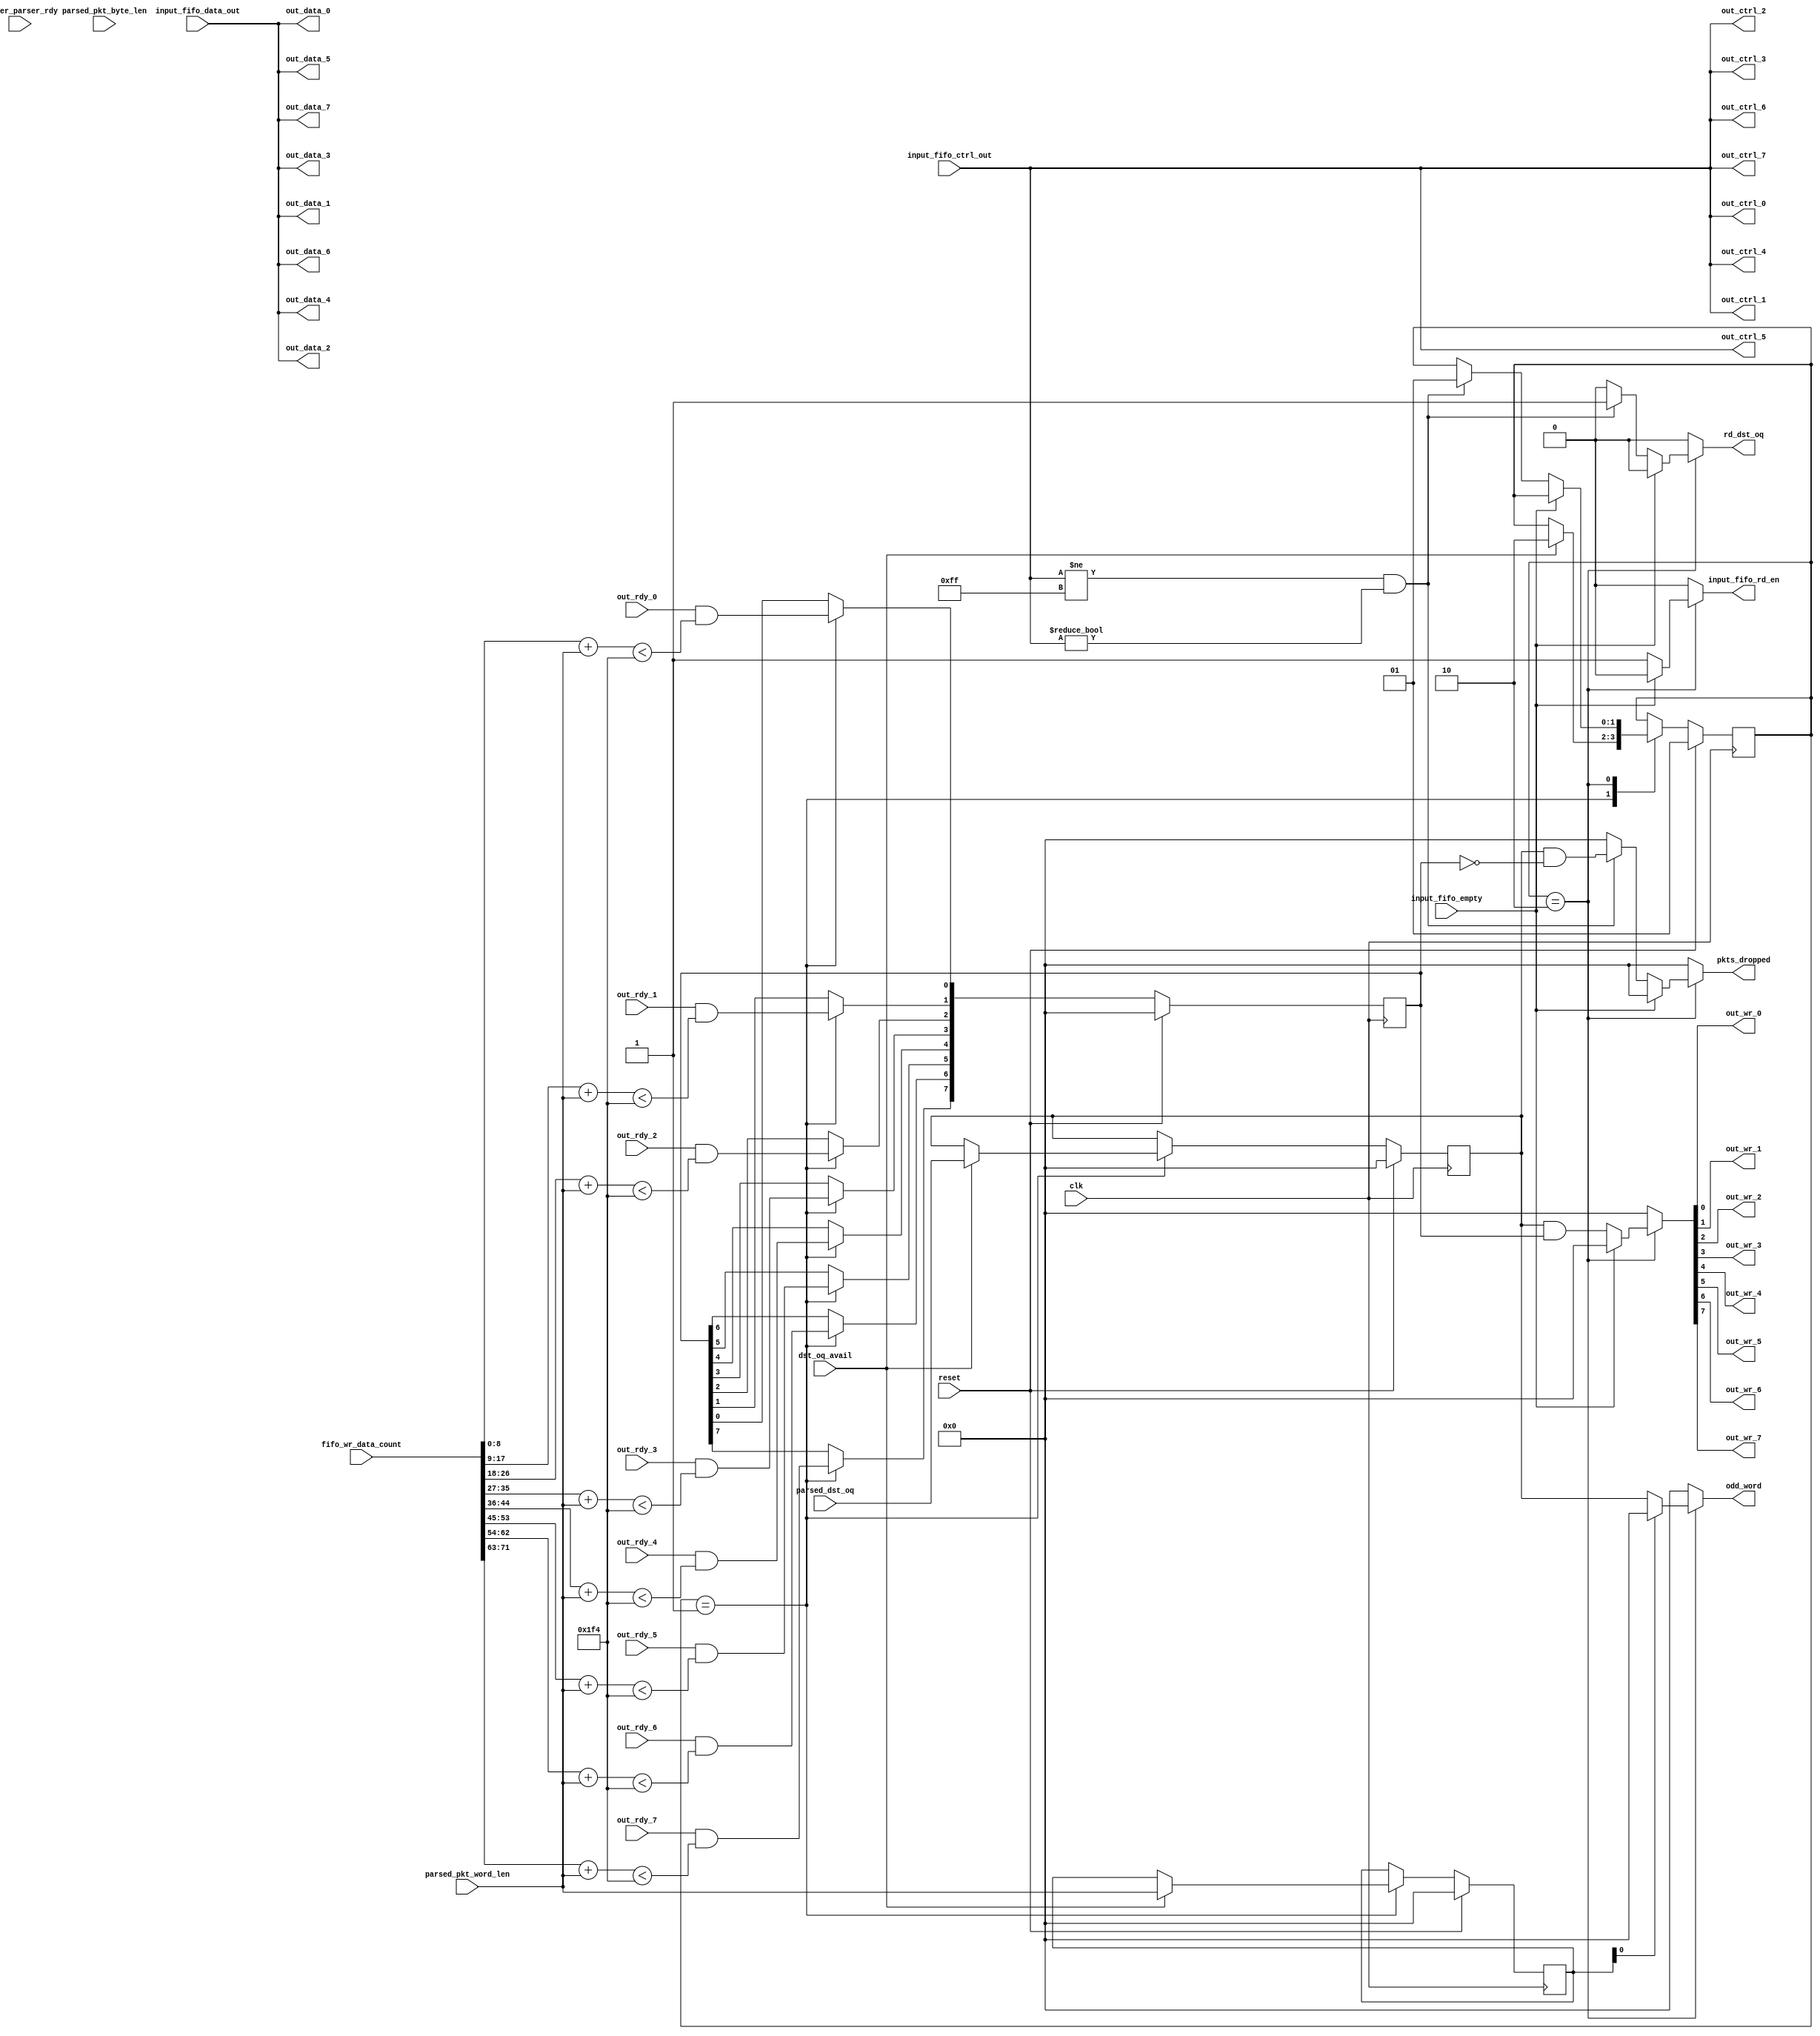
///////////////////////////////////////////////////////////////////////////////
// vim:set shiftwidth=3 softtabstop=3 expandtab:
// $Id: store_pkt.v 4020 2008-06-10 21:58:23Z grg $
//
// Module: store_pkt.v
// Project: NF2.1
// Description: stores incoming packet into the SRAM, sends new wr addres to regs
//
// Note: Assumes that the length header is FIRST!
//
///////////////////////////////////////////////////////////////////////////////
`timescale 1ns/1ps
  module dram_queue_arbiter
    #(parameter DATA_WIDTH = 64,
      parameter CTRL_WIDTH=DATA_WIDTH/8,
      parameter NUM_OUTPUT_QUEUES = 8,
      parameter SRAM_ADDR_WIDTH = 19,
      parameter PKT_LEN_WIDTH = 11,
      parameter PKT_WORDS_WIDTH = PKT_LEN_WIDTH-log2(CTRL_WIDTH),
      parameter OQ_STAGE_NUM = 6,
      parameter NUM_OQ_WIDTH = log2(NUM_OUTPUT_QUEUES))

   ( // --- Interface to header_parser
     input                            dst_oq_avail,
     input      [NUM_OUTPUT_QUEUES-1:0]    parsed_dst_oq,
     input      [PKT_LEN_WIDTH-1:0]   parsed_pkt_byte_len,
     input      [PKT_WORDS_WIDTH-1:0] parsed_pkt_word_len,
     input                            header_parser_rdy,
     output reg                       rd_dst_oq,

     // --- Interface to registers
     output reg	[NUM_OUTPUT_QUEUES-1:0]    pkts_dropped,

     // --- Interface to input fifo
     output reg                       input_fifo_rd_en,
     input                            input_fifo_empty,
     input      [DATA_WIDTH-1:0]      input_fifo_data_out,
     input      [CTRL_WIDTH-1:0]      input_fifo_ctrl_out,

    input [NUM_OUTPUT_QUEUES*9-1:0]     fifo_wr_data_count,

    output reg [NUM_OUTPUT_QUEUES-1:0]     odd_word,

    output     [DATA_WIDTH-1:0]        out_data_0,
    output    [CTRL_WIDTH-1:0]        out_ctrl_0,
    input                              out_rdy_0,
    output                            out_wr_0,

    output     [DATA_WIDTH-1:0]        out_data_1,
    output     [CTRL_WIDTH-1:0]        out_ctrl_1,
    input                              out_rdy_1,
    output                             out_wr_1,

    output     [DATA_WIDTH-1:0]        out_data_2,
    output     [CTRL_WIDTH-1:0]        out_ctrl_2,
    input                              out_rdy_2,
    output                             out_wr_2,

    output     [DATA_WIDTH-1:0]        out_data_3,
    output     [CTRL_WIDTH-1:0]        out_ctrl_3,
    input                              out_rdy_3,
    output                             out_wr_3,

    output     [DATA_WIDTH-1:0]        out_data_4,
    output     [CTRL_WIDTH-1:0]        out_ctrl_4,
    input                              out_rdy_4,
    output                             out_wr_4,

    output  [DATA_WIDTH-1:0]           out_data_5,
    output  [CTRL_WIDTH-1:0]           out_ctrl_5,
    output                             out_wr_5,
    input                              out_rdy_5,

    output  [DATA_WIDTH-1:0]           out_data_6,
    output  [CTRL_WIDTH-1:0]           out_ctrl_6,
    output                             out_wr_6,
    input                              out_rdy_6,

    output  [DATA_WIDTH-1:0]           out_data_7,
    output  [CTRL_WIDTH-1:0]           out_ctrl_7,
    output                             out_wr_7,
    input                              out_rdy_7,

     // --- misc
     input                            clk,
     input                            reset
     );



   function integer log2;
      input integer number;
      begin
         log2=0;
         while(2**log2<number) begin
            log2=log2+1;
         end
      end
   endfunction // log2

   //--------------------- Internal parameters --------------------------

   parameter NUM_STORE_STATES                       = 2;
   parameter ST_WAIT_DST_PORT                       = 1;
   parameter ST_WAIT_EOP                            = 2;
   parameter FIFO_RDY_THRESHOLD			    = 500;//in 72bit word

   //------------------------ Wires/regs --------------------------------
   reg [NUM_STORE_STATES-1:0]  store_state;
   reg [NUM_STORE_STATES-1:0]  store_state_next;

   reg [NUM_OUTPUT_QUEUES-1:0]      dst_oq;
   reg [NUM_OUTPUT_QUEUES-1:0]      dst_oq_next;

   reg [PKT_LEN_WIDTH-1:0]     pkt_byte_len;
   reg [PKT_LEN_WIDTH-1:0]     pkt_byte_len_next;

   reg [PKT_WORDS_WIDTH-1:0]   pkt_word_len;
   reg [PKT_WORDS_WIDTH-1:0]   pkt_word_len_next;

   reg [NUM_OUTPUT_QUEUES-1:0]                       out_wr;

   reg [NUM_OUTPUT_QUEUES-1:0]      output_fifo_rdy, output_fifo_rdy_next;

   //-------------------------- Logic -----------------------------------
   assign out_wr_0 = out_wr[0];
   assign out_wr_1 = out_wr[1];
   assign out_wr_2 = out_wr[2];
   assign out_wr_3 = out_wr[3];
   assign out_wr_4 = out_wr[4];
   assign out_wr_5 = out_wr[5];
   assign out_wr_6 = out_wr[6];
   assign out_wr_7 = out_wr[7];

   assign out_ctrl_0 = input_fifo_ctrl_out;
   assign out_ctrl_1 = input_fifo_ctrl_out;
   assign out_ctrl_2 = input_fifo_ctrl_out;
   assign out_ctrl_3 = input_fifo_ctrl_out;
   assign out_ctrl_4 = input_fifo_ctrl_out;
   assign out_ctrl_5 = input_fifo_ctrl_out;
   assign out_ctrl_6 = input_fifo_ctrl_out;
   assign out_ctrl_7 = input_fifo_ctrl_out;

   assign out_data_0 = input_fifo_data_out;
   assign out_data_1 = input_fifo_data_out;
   assign out_data_2 = input_fifo_data_out;
   assign out_data_3 = input_fifo_data_out;
   assign out_data_4 = input_fifo_data_out;
   assign out_data_5 = input_fifo_data_out;
   assign out_data_6 = input_fifo_data_out;
   assign out_data_7 = input_fifo_data_out;

   /*******************************************************
    * wait until the dst port fifo has a destination
    * then read the dst port, load the addresses to use,
    * and start moving data from the input fifo to the
    * sram queues. When the eop is reached, write the pkt
    * length in the beginning of the pkt
    * If the oq is full then drop pkt.
    * Also generate pkt_stored and pkt_dropped signals
    *******************************************************/

   always @(*) begin
      out_wr = 0;
      input_fifo_rd_en = 0;
      rd_dst_oq = 0;
      dst_oq_next = dst_oq;
      store_state_next = store_state;
      pkt_byte_len_next = pkt_byte_len;
      pkt_word_len_next = pkt_word_len;
      output_fifo_rdy_next = output_fifo_rdy;
      odd_word = 0;
      pkts_dropped = 0;

      case(store_state)
         /* wait until we have a destination port */
         ST_WAIT_DST_PORT: begin
	    output_fifo_rdy_next[0] = out_rdy_0 && (fifo_wr_data_count[(0+1)*9-1:0*9] + parsed_pkt_word_len < FIFO_RDY_THRESHOLD);
	    output_fifo_rdy_next[1] = out_rdy_1 && (fifo_wr_data_count[(1+1)*9-1:1*9] + parsed_pkt_word_len < FIFO_RDY_THRESHOLD);
	    output_fifo_rdy_next[2] = out_rdy_2 && (fifo_wr_data_count[(2+1)*9-1:2*9] + parsed_pkt_word_len < FIFO_RDY_THRESHOLD);
	    output_fifo_rdy_next[3] = out_rdy_3 && (fifo_wr_data_count[(3+1)*9-1:3*9] + parsed_pkt_word_len < FIFO_RDY_THRESHOLD);
	    output_fifo_rdy_next[4] = out_rdy_4 && (fifo_wr_data_count[(4+1)*9-1:4*9] + parsed_pkt_word_len < FIFO_RDY_THRESHOLD);
            output_fifo_rdy_next[5] = out_rdy_5 && (fifo_wr_data_count[(5+1)*9-1:5*9] + parsed_pkt_word_len < FIFO_RDY_THRESHOLD);
	    output_fifo_rdy_next[6] = out_rdy_6 && (fifo_wr_data_count[(6+1)*9-1:6*9] + parsed_pkt_word_len < FIFO_RDY_THRESHOLD);
	    output_fifo_rdy_next[7] = out_rdy_7 && (fifo_wr_data_count[(7+1)*9-1:7*9] + parsed_pkt_word_len < FIFO_RDY_THRESHOLD);

            if(dst_oq_avail) begin
               store_state_next = ST_WAIT_EOP;
               dst_oq_next = parsed_dst_oq;
	       pkt_byte_len_next = parsed_pkt_byte_len;
	       pkt_word_len_next = parsed_pkt_word_len;
            end
         end

        ST_WAIT_EOP: begin
	   if (!pkt_word_len[0])
		odd_word = dst_oq;
           if(!input_fifo_empty) begin
                out_wr = dst_oq & output_fifo_rdy;
                input_fifo_rd_en = 1;
           	if(input_fifo_ctrl_out != 8'hff && input_fifo_ctrl_out != 0) begin
			store_state_next = ST_WAIT_DST_PORT;
			pkts_dropped = dst_oq & ~output_fifo_rdy;
                	rd_dst_oq = 1;
	   	end
           end
        end // case: ST_WAIT_EOP
      endcase // case(store_state)
   end // always @ (*)

   always @(posedge clk) begin

      if(reset) begin
         output_fifo_rdy		  <= 0;
         store_state                      <= ST_WAIT_DST_PORT;
         dst_oq                           <= 0;
         pkt_byte_len                     <= 0;
         pkt_word_len                     <= 0;
      end
      else begin
         store_state            <= store_state_next;
         dst_oq                 <= dst_oq_next;
         pkt_byte_len           <= pkt_byte_len_next;
         pkt_word_len           <= pkt_word_len_next;
	 output_fifo_rdy        <= output_fifo_rdy_next;
      end // else: !if(reset)
   end // always @ (posedge clk)

endmodule // store_pkt